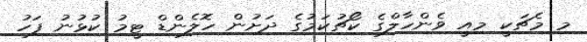
މި މެޗަކީ މިއީ ވެންހާލްގެ ކޯޗުކަމުގެ ދަށުން ހޮލެންޑް ޓީމު ކުޅުނު ފަހު